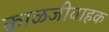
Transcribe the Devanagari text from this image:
काळजीवाहक